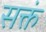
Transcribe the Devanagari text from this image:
सक्तं